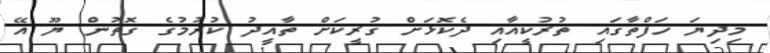
މިދިޔަ ހަފްތާގައި ތުރުކީއާއި ދެކޮޅަށް ގުރީކަށް ތާއީދު ކުރުމުގެ ގޮތުން ޔޫ އޭ